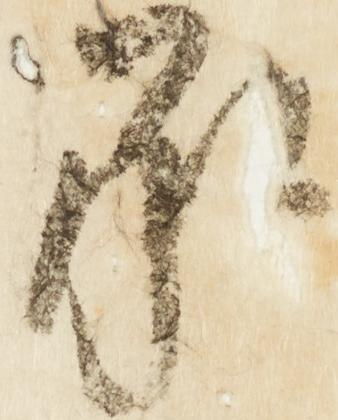
承